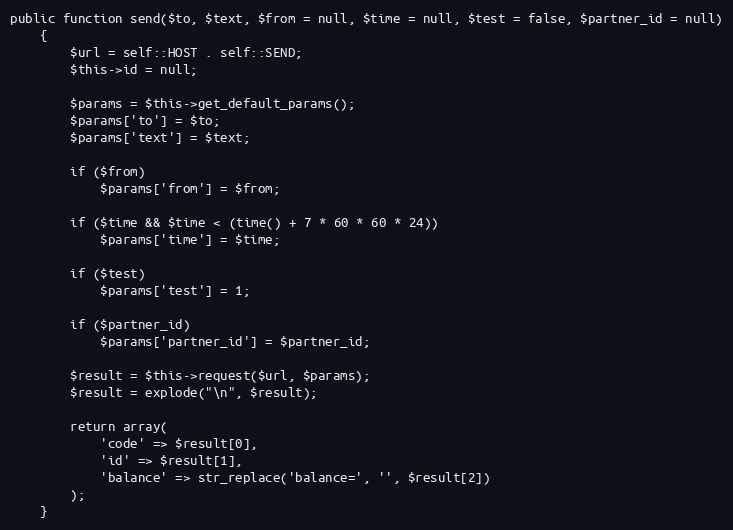
Language: PHP
public function send($to, $text, $from = null, $time = null, $test = false, $partner_id = null)
    {
        $url = self::HOST . self::SEND;
        $this->id = null;

        $params = $this->get_default_params();
        $params['to'] = $to;
        $params['text'] = $text;

        if ($from)
            $params['from'] = $from;

        if ($time && $time < (time() + 7 * 60 * 60 * 24))
            $params['time'] = $time;

        if ($test)
            $params['test'] = 1;

        if ($partner_id)
            $params['partner_id'] = $partner_id;

        $result = $this->request($url, $params);
        $result = explode("\n", $result);

        return array(
            'code' => $result[0],
            'id' => $result[1],
            'balance' => str_replace('balance=', '', $result[2])
        );
    }